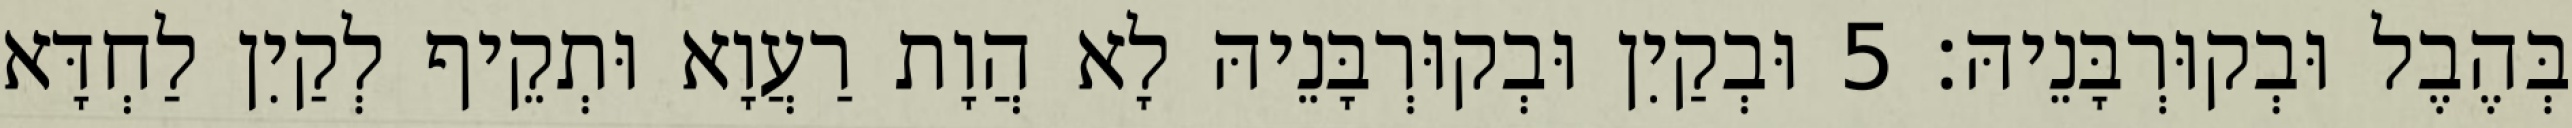
בְּהֶבֶל וּבְקוּרְבָּנֵיהּ׃ 5 וּבְקַיִן וּבְקוּרְבָּנֵיהּ לָא הֲוָת רַעֲוָא וּתְקֵיף לְקַיִן לַחְדָּא